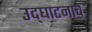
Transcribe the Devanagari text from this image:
उद्‌घाटनाचे